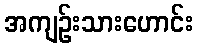
အကျဉ်းသားဟောင်း